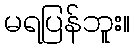
မရပြန်ဘူး။